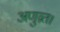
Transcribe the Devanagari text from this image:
अणुव्रत।